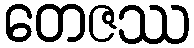
တေဇဿ